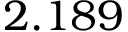
2 . 1 8 9